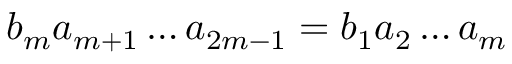
b _ { m } a _ { m + 1 } \dots a _ { 2 m - 1 } = b _ { 1 } a _ { 2 } \dots a _ { m }